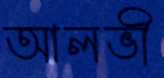
আলভী